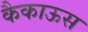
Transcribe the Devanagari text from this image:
कैकाऊस